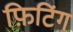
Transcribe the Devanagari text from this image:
फ़िटिंग